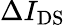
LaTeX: \Delta I_{\mathrm{DS}}